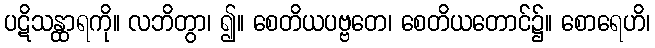
ပဋိသန္ထာရကို။ လဘိတွာ၊ ၍။ စေတိယပဗ္ဗတေ၊ စေတိယတောင်၌။ စောရေဟိ၊